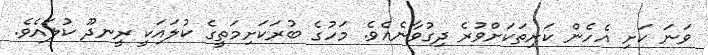
ވަނަ ކަށި އެހެން ކަށިތަކަށްވުރެ ދިގުވާނެއެވެ. މަހުގެ ބުރަކަށިމަތީގެ ކުލައަކީ ރީނދޫ ކުލައެވެ.